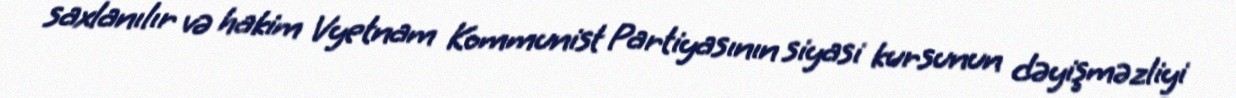
saxlanılır və hakim Vyetnam Kommunist Partiyasının siyasi kursunun dəyişməzliyi